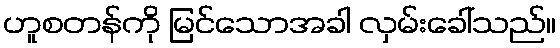
ဟူစတန်ကို မြင်သောအခါ လှမ်းခေါ်သည်။